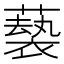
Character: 𫉵